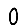
Digit: 0